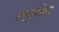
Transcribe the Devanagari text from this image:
सर्वाधिल